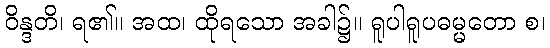
ဝိန္ဒတိ၊ ရ၏။ အထ၊ ထိုရသော အခါ၌။ ရူပါရူပဓမ္မတော စ၊